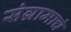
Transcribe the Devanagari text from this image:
संग्रामाचं